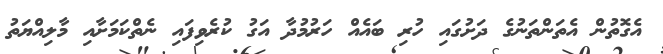
އެގޮތުން އެތަންތަނުގެ ދަށުގައި ހުރި ބައެއް ހަރުމުދާ އަގު ކުރެވިފައި ނެތްކަމަށާއި މާލިއްޔަތު